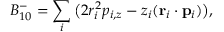
B _ { 1 0 } ^ { - } = \sum _ { i } \big ( 2 r _ { i } ^ { 2 } p _ { i , z } - z _ { i } ( \mathbf { r } _ { i } \cdot \mathbf { p } _ { i } ) \big ) ,